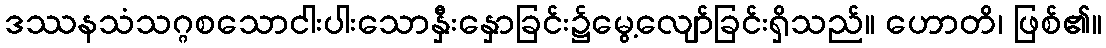
ဒဿနသံသဂ္ဂစသောငါးပါးသောနှီးနှောခြင်း၌မွေ့လျော်ခြင်းရှိသည်။ ဟောတိ၊ ဖြစ်၏။